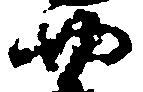
四